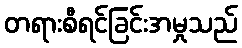
တရားစီရင်ခြင်းအမှုသည်